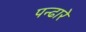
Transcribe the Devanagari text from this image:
पन्ढारे